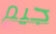
جيم